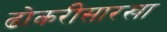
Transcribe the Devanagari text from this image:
ढोकरीसारखा